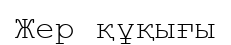
Жер құқығы